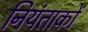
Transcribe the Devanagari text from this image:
नियंताकों